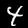
Digit: 4